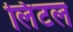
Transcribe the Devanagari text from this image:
लिंटल